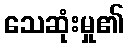
သေဆုံးမှု၏